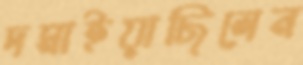
দমাইয়াছিলেন